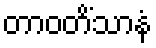
တာဝတိံသာနံ